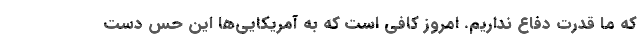
که ما قدرت دفاع نداریم. امروز کافی است که به آمریکایی‌ها این حس دست